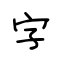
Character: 字